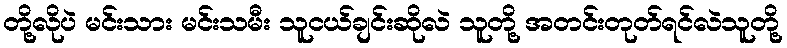
တို့လိုပဲ မင်းသား မင်းသမီး သူငယ်ချင်းဆိုလဲ သူတို့ အတင်းတုတ်ရင်လဲသူတို့